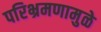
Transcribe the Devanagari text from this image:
परिभ्रमणामुळे